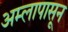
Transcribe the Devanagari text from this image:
अम्लापासून